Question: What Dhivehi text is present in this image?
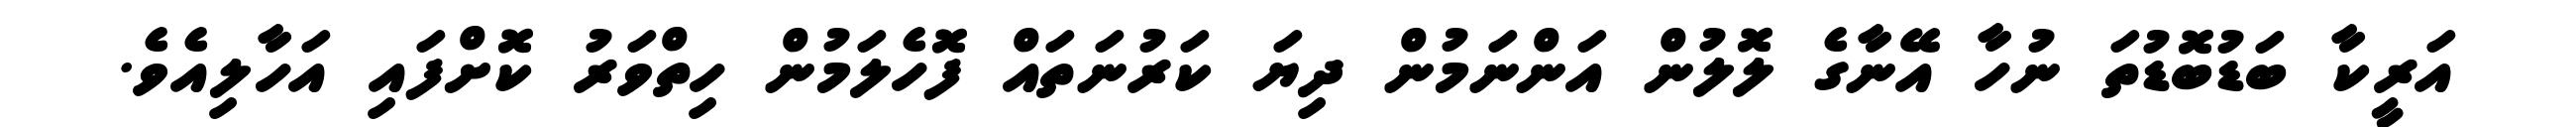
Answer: އަރީކާ ބަޑުބޮޑުތަ ނުހާ އޭނާގެ ލޮލުން އަންނަމުން ދިޔަ ކަރުނަތައް ފޮހެލަމުން ހިތްވަރު ކޮށްފައި އަހާލިއެވެ.